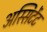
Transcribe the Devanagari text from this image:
अस्सिटेंट